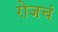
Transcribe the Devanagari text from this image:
रोजचं